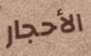
الأحجار